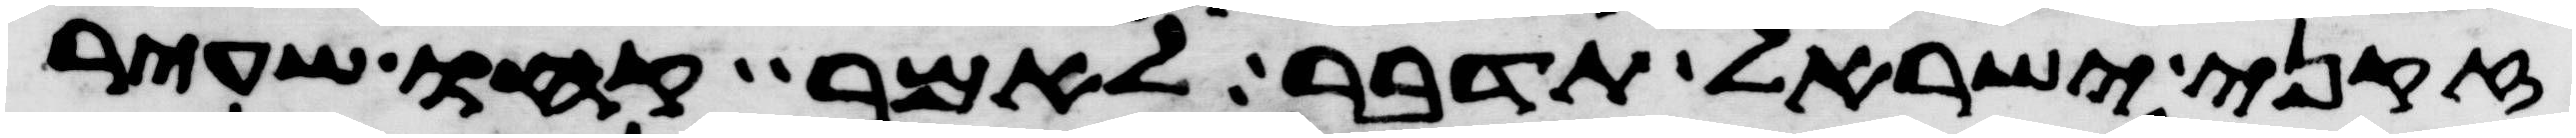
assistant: זקני ישראל תדבר לאמר קחו שעיר